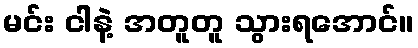
မင်း ငါနဲ့ အတူတူ သွားရအောင်။